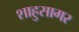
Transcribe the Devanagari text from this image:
शाहुसागर